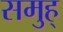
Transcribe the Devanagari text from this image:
समुह्